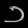
Digit: ၁